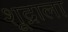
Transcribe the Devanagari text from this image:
शूद्राला